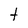
Character: t